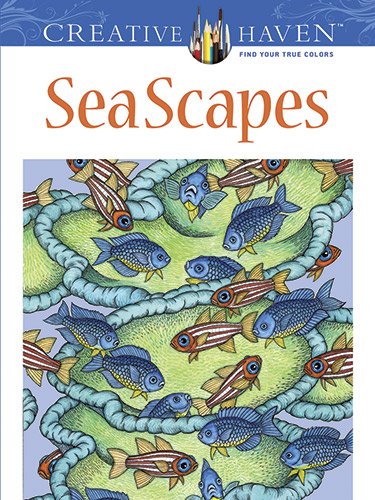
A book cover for Creative Haven SeaScapes Coloring Book (Creative Haven Coloring Books); Patricia J. Wynne; Arts & Photography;